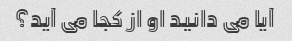
آیا می دانید او از کجا می آید؟